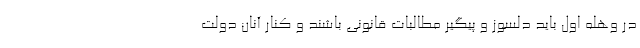
در وهله اول باید دلسوز و پیگیر مطالبات قانونی باشند و کنار آنان دولت